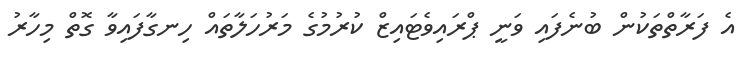
އެ ފަރާތްތަކުން ބުނެފައި ވަނީ ޕްރައިވެޓައިޒް ކުރުމުގެ މަރުހަލާތައް ހިނގާފައިވާ ގޮތް މިހާރު